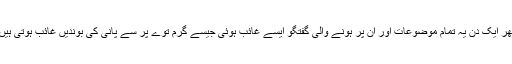
پھر ایک دن یہ تمام موضوعات اور ان پر ہونے والی گفتگو ایسے غائب ہوئی جیسے گرم توے پر سے پانی کی بوندیں غائب ہوتی ہیں۔